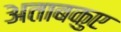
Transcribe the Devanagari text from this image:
अताबकुए